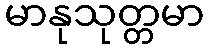
မာနုသုတ္တမာ